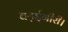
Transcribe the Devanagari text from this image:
बढ़ईगीरी।